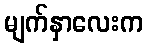
မျက်နှာလေးက